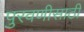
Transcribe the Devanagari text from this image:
पुरवणीसाठी